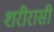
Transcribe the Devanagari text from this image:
शरीरासी